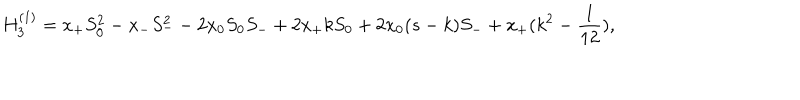
LaTeX: H _ { 3 } ^ { ( 1 ) } = x _ { + } S _ { 0 } ^ { 2 } - x _ { - } S _ { - } ^ { 2 } - 2 x _ { 0 } S _ { 0 } S _ { - } + 2 x _ { + } k S _ { 0 } + 2 x _ { 0 } ( s - k ) S _ { - } + x _ { + } ( k ^ { 2 } - \frac { 1 } { 1 2 } ) ,